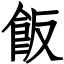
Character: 飯